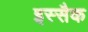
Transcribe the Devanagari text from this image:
इस्सैक